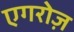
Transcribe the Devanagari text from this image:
एगरोज़